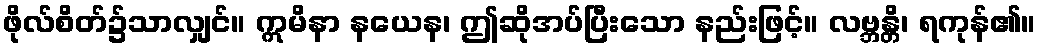
ဖိုလ်စိတ်၌သာလျှင်။ ဣမိနာ နယေန၊ ဤဆိုအပ်ပြီးသော နည်းဖြင့်။ လဗ္ဘန္တိ၊ ရကုန်၏။